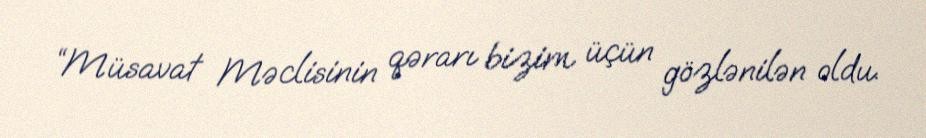
“Müsavat Məclisinin qərarı bizim üçün gözlənilən oldu.